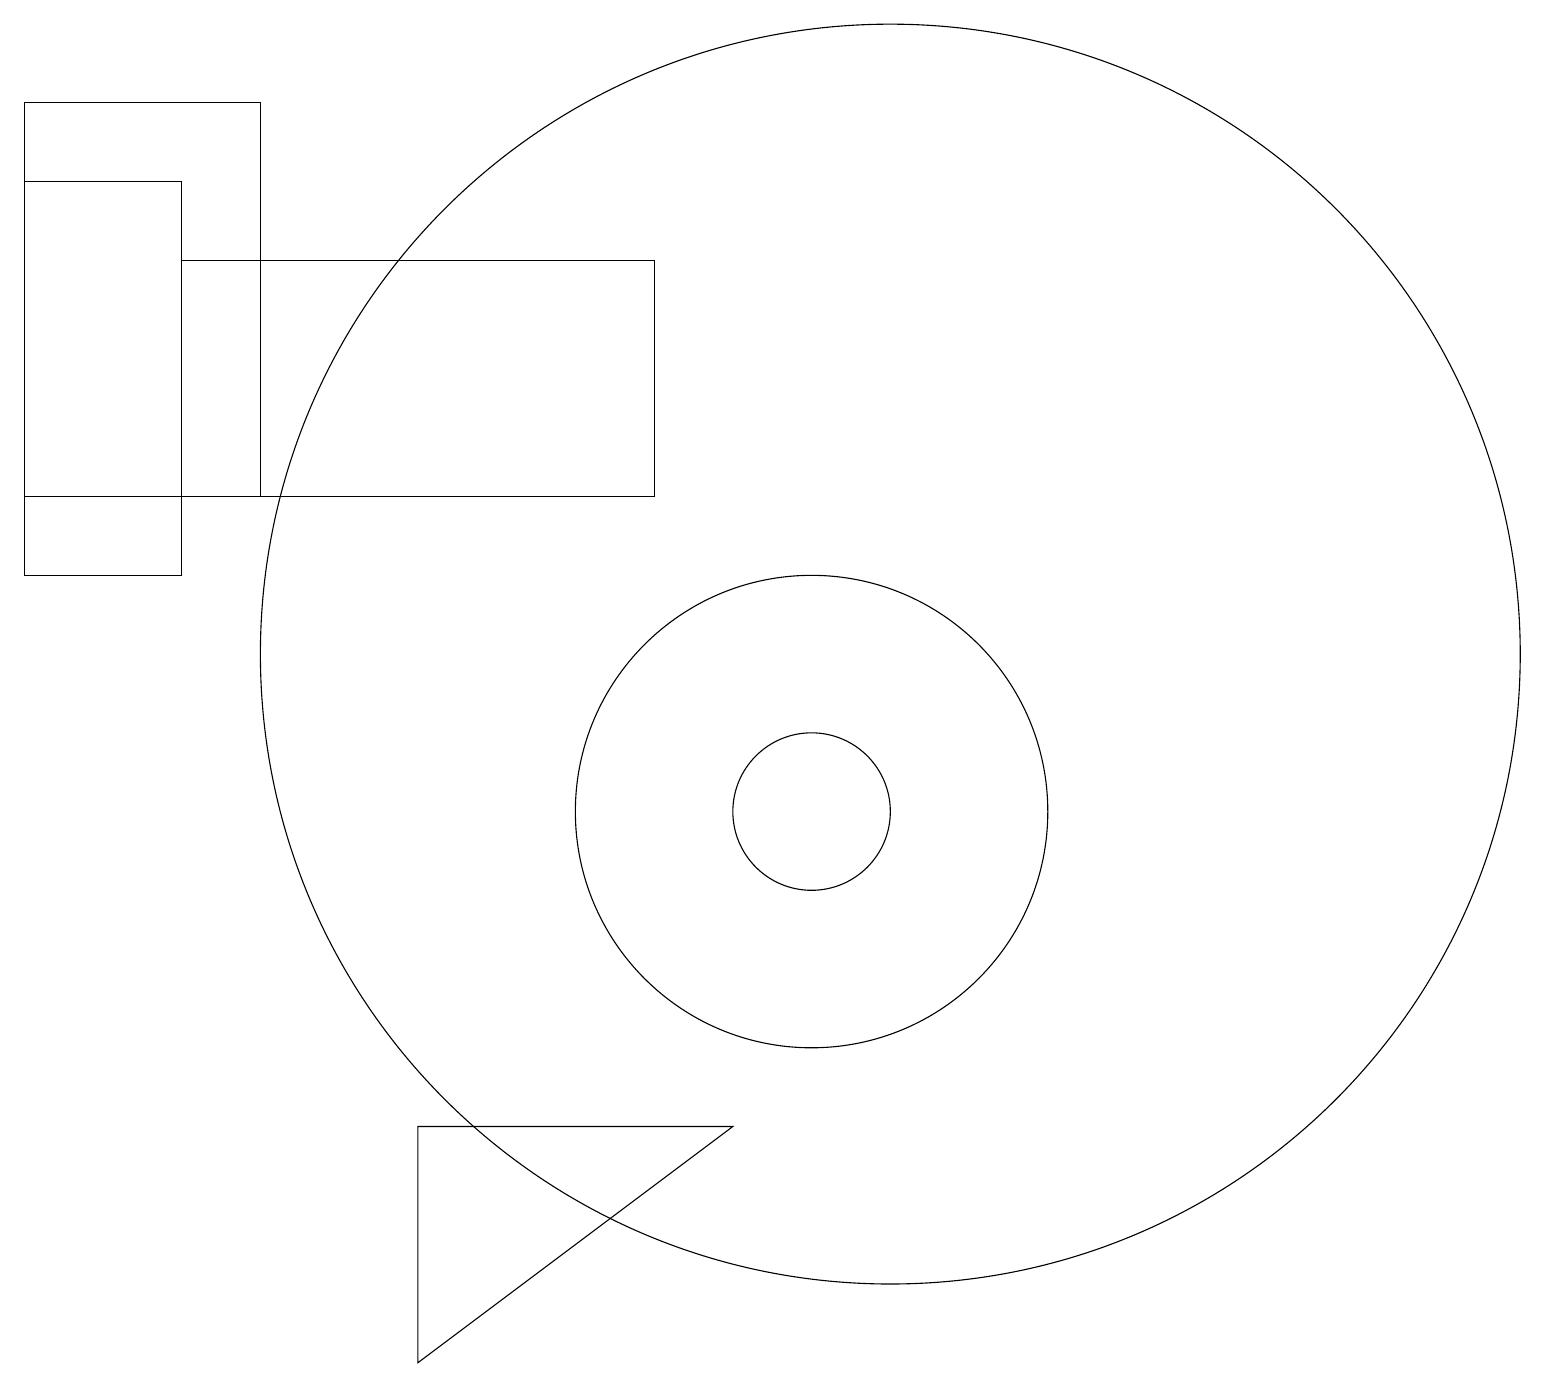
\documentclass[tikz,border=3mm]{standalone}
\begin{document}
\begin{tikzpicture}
\draw (5,6) -- (9,6) -- (5,3) -- cycle;
\draw (8,14) rectangle (2,17);
\draw (3,19) rectangle (0,14);
\draw (10,10) circle (3);
\draw (10,10) circle (1);
\draw (11,12) circle (8);
\draw (0,18) rectangle (2,13);
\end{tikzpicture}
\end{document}